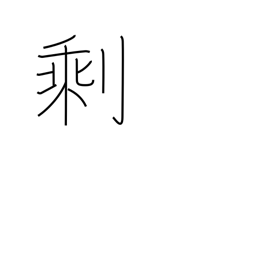
Meaning: residue